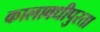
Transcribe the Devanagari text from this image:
कालावधीपुरता